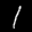
Label: 1